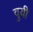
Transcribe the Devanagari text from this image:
वुयी